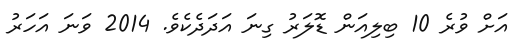
އަށް ވުރެ 10 ބިލިއަން ޑޮލަރު ގިނަ އަދަދެކެވެ. 2014 ވަނަ އަހަރު